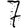
Digit: 7